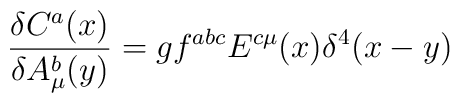
\frac{\delta C^a(x)}{\delta A_\mu ^b(y)}=gf^{abc}E^{c\mu }(x)\delta ^4(x-y)